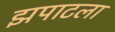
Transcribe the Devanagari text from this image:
झपाटला